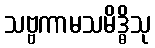
သဗ္ဗကာမသမိဒ္ဓိသု